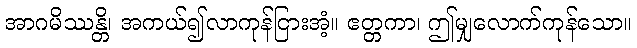
အာဂမိဿန္တိ၊ အကယ်၍လာကုန်ငြားအံ့။ ဧတ္တကာ၊ ဤမျှလောက်ကုန်သော။